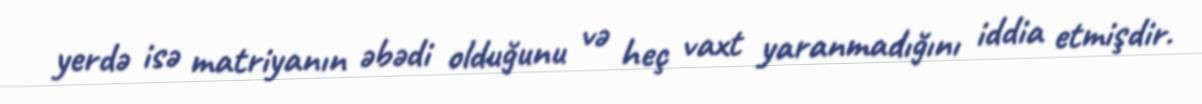
yerdə isə matriyanın əbədi olduğunu və heç vaxt yaranmadığını iddia etmişdir.